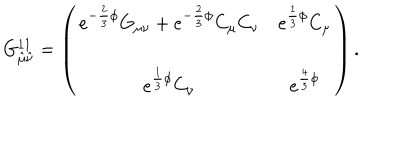
G _ { \hat { \mu } \hat { \nu } } ^ { 1 1 } = \left( \begin{array} { c c } { { e ^ { - \frac { 2 } { 3 } \phi } G _ { \mu \nu } + e ^ { - \frac { 2 } { 3 } \phi } C _ { \mu } C _ { \nu } } } & { { e ^ { \frac { 1 } { 3 } \phi } C _ { \mu } } } \\ { { } } & { { } } \\ { { e ^ { \frac { 1 } { 3 } \phi } C _ { \nu } } } & { { e ^ { \frac { 4 } { 3 } \phi } } } \\ \end{array} \right) .